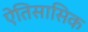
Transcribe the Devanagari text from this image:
ऐतिसासिक